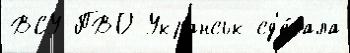
ВСУ ПВО Укранськ сд'е́лала